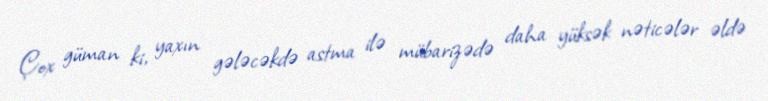
Çox güman ki, yaxın gələcəkdə astma ilə mübarizədə daha yüksək nəticələr əldə